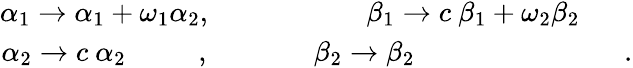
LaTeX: \begin{array}{ccc}{{\alpha_{1}\to\alpha_{1}+\omega_{1}\alpha_{2},}}&{{\ \ \ }}&{{\beta_{1}\to c~\beta_{1}+\omega_{2}\beta_{2}}}\\ {{\alpha_{2}\to c~\alpha_{2}\phantom{\omega_{2}c\alpha_{2}},}}&{{\ \ \ \ \ \ \ }}&{{\beta_{2}\to\beta_{2}\phantom{nnc+\omega_{2}(\beta_{2}+1)}.}}\end{array}